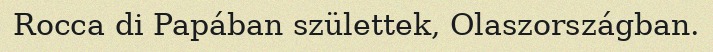
Rocca di Papában születtek, Olaszországban.